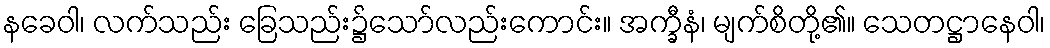
နခေဝါ၊ လက်သည်း ခြေသည်း၌သော်လည်းကောင်း။ အက္ခီနံ၊ မျက်စိတို့၏။ သေတဋ္ဌာနေဝါ၊